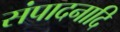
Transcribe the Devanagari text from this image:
संपादनादि